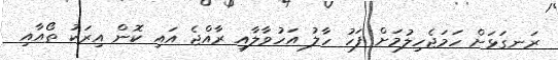
ރަނގަޅަށް ހަމަޖެހިލުމަށް ފަހު ހާލު އަހުވާލާއި ރާއްޖެ އައި ކޮން އިރަކު ތޯއާއި